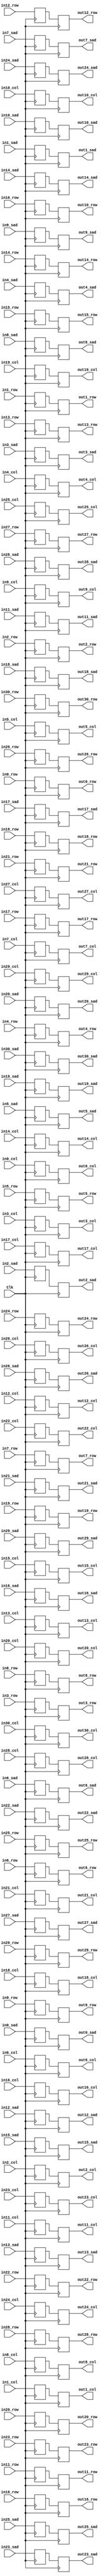
`timescale 1ns / 1ps
//////////////////////////////////////////////////////////////////////////////////
// Generated Verilog Module
module pipeline_reg_31_sads#
    (parameter DATA_WIDTH = 16,
     parameter INPUT_WIDTH = 8)
    (
    input Clk,

    input [INPUT_WIDTH-1:0] in0_row,
    input [INPUT_WIDTH-1:0] in0_col,
    input [DATA_WIDTH-1:0] in0_sad,
    output reg [INPUT_WIDTH-1:0] out0_row,
    output reg [INPUT_WIDTH-1:0] out0_col,
    output reg [DATA_WIDTH-1:0] out0_sad,

    input [INPUT_WIDTH-1:0] in1_row,
    input [INPUT_WIDTH-1:0] in1_col,
    input [DATA_WIDTH-1:0] in1_sad,
    output reg [INPUT_WIDTH-1:0] out1_row,
    output reg [INPUT_WIDTH-1:0] out1_col,
    output reg [DATA_WIDTH-1:0] out1_sad,

    input [INPUT_WIDTH-1:0] in2_row,
    input [INPUT_WIDTH-1:0] in2_col,
    input [DATA_WIDTH-1:0] in2_sad,
    output reg [INPUT_WIDTH-1:0] out2_row,
    output reg [INPUT_WIDTH-1:0] out2_col,
    output reg [DATA_WIDTH-1:0] out2_sad,

    input [INPUT_WIDTH-1:0] in3_row,
    input [INPUT_WIDTH-1:0] in3_col,
    input [DATA_WIDTH-1:0] in3_sad,
    output reg [INPUT_WIDTH-1:0] out3_row,
    output reg [INPUT_WIDTH-1:0] out3_col,
    output reg [DATA_WIDTH-1:0] out3_sad,

    input [INPUT_WIDTH-1:0] in4_row,
    input [INPUT_WIDTH-1:0] in4_col,
    input [DATA_WIDTH-1:0] in4_sad,
    output reg [INPUT_WIDTH-1:0] out4_row,
    output reg [INPUT_WIDTH-1:0] out4_col,
    output reg [DATA_WIDTH-1:0] out4_sad,

    input [INPUT_WIDTH-1:0] in5_row,
    input [INPUT_WIDTH-1:0] in5_col,
    input [DATA_WIDTH-1:0] in5_sad,
    output reg [INPUT_WIDTH-1:0] out5_row,
    output reg [INPUT_WIDTH-1:0] out5_col,
    output reg [DATA_WIDTH-1:0] out5_sad,

    input [INPUT_WIDTH-1:0] in6_row,
    input [INPUT_WIDTH-1:0] in6_col,
    input [DATA_WIDTH-1:0] in6_sad,
    output reg [INPUT_WIDTH-1:0] out6_row,
    output reg [INPUT_WIDTH-1:0] out6_col,
    output reg [DATA_WIDTH-1:0] out6_sad,

    input [INPUT_WIDTH-1:0] in7_row,
    input [INPUT_WIDTH-1:0] in7_col,
    input [DATA_WIDTH-1:0] in7_sad,
    output reg [INPUT_WIDTH-1:0] out7_row,
    output reg [INPUT_WIDTH-1:0] out7_col,
    output reg [DATA_WIDTH-1:0] out7_sad,

    input [INPUT_WIDTH-1:0] in8_row,
    input [INPUT_WIDTH-1:0] in8_col,
    input [DATA_WIDTH-1:0] in8_sad,
    output reg [INPUT_WIDTH-1:0] out8_row,
    output reg [INPUT_WIDTH-1:0] out8_col,
    output reg [DATA_WIDTH-1:0] out8_sad,

    input [INPUT_WIDTH-1:0] in9_row,
    input [INPUT_WIDTH-1:0] in9_col,
    input [DATA_WIDTH-1:0] in9_sad,
    output reg [INPUT_WIDTH-1:0] out9_row,
    output reg [INPUT_WIDTH-1:0] out9_col,
    output reg [DATA_WIDTH-1:0] out9_sad,

    input [INPUT_WIDTH-1:0] in10_row,
    input [INPUT_WIDTH-1:0] in10_col,
    input [DATA_WIDTH-1:0] in10_sad,
    output reg [INPUT_WIDTH-1:0] out10_row,
    output reg [INPUT_WIDTH-1:0] out10_col,
    output reg [DATA_WIDTH-1:0] out10_sad,

    input [INPUT_WIDTH-1:0] in11_row,
    input [INPUT_WIDTH-1:0] in11_col,
    input [DATA_WIDTH-1:0] in11_sad,
    output reg [INPUT_WIDTH-1:0] out11_row,
    output reg [INPUT_WIDTH-1:0] out11_col,
    output reg [DATA_WIDTH-1:0] out11_sad,

    input [INPUT_WIDTH-1:0] in12_row,
    input [INPUT_WIDTH-1:0] in12_col,
    input [DATA_WIDTH-1:0] in12_sad,
    output reg [INPUT_WIDTH-1:0] out12_row,
    output reg [INPUT_WIDTH-1:0] out12_col,
    output reg [DATA_WIDTH-1:0] out12_sad,

    input [INPUT_WIDTH-1:0] in13_row,
    input [INPUT_WIDTH-1:0] in13_col,
    input [DATA_WIDTH-1:0] in13_sad,
    output reg [INPUT_WIDTH-1:0] out13_row,
    output reg [INPUT_WIDTH-1:0] out13_col,
    output reg [DATA_WIDTH-1:0] out13_sad,

    input [INPUT_WIDTH-1:0] in14_row,
    input [INPUT_WIDTH-1:0] in14_col,
    input [DATA_WIDTH-1:0] in14_sad,
    output reg [INPUT_WIDTH-1:0] out14_row,
    output reg [INPUT_WIDTH-1:0] out14_col,
    output reg [DATA_WIDTH-1:0] out14_sad,

    input [INPUT_WIDTH-1:0] in15_row,
    input [INPUT_WIDTH-1:0] in15_col,
    input [DATA_WIDTH-1:0] in15_sad,
    output reg [INPUT_WIDTH-1:0] out15_row,
    output reg [INPUT_WIDTH-1:0] out15_col,
    output reg [DATA_WIDTH-1:0] out15_sad,

    input [INPUT_WIDTH-1:0] in16_row,
    input [INPUT_WIDTH-1:0] in16_col,
    input [DATA_WIDTH-1:0] in16_sad,
    output reg [INPUT_WIDTH-1:0] out16_row,
    output reg [INPUT_WIDTH-1:0] out16_col,
    output reg [DATA_WIDTH-1:0] out16_sad,

    input [INPUT_WIDTH-1:0] in17_row,
    input [INPUT_WIDTH-1:0] in17_col,
    input [DATA_WIDTH-1:0] in17_sad,
    output reg [INPUT_WIDTH-1:0] out17_row,
    output reg [INPUT_WIDTH-1:0] out17_col,
    output reg [DATA_WIDTH-1:0] out17_sad,

    input [INPUT_WIDTH-1:0] in18_row,
    input [INPUT_WIDTH-1:0] in18_col,
    input [DATA_WIDTH-1:0] in18_sad,
    output reg [INPUT_WIDTH-1:0] out18_row,
    output reg [INPUT_WIDTH-1:0] out18_col,
    output reg [DATA_WIDTH-1:0] out18_sad,

    input [INPUT_WIDTH-1:0] in19_row,
    input [INPUT_WIDTH-1:0] in19_col,
    input [DATA_WIDTH-1:0] in19_sad,
    output reg [INPUT_WIDTH-1:0] out19_row,
    output reg [INPUT_WIDTH-1:0] out19_col,
    output reg [DATA_WIDTH-1:0] out19_sad,

    input [INPUT_WIDTH-1:0] in20_row,
    input [INPUT_WIDTH-1:0] in20_col,
    input [DATA_WIDTH-1:0] in20_sad,
    output reg [INPUT_WIDTH-1:0] out20_row,
    output reg [INPUT_WIDTH-1:0] out20_col,
    output reg [DATA_WIDTH-1:0] out20_sad,

    input [INPUT_WIDTH-1:0] in21_row,
    input [INPUT_WIDTH-1:0] in21_col,
    input [DATA_WIDTH-1:0] in21_sad,
    output reg [INPUT_WIDTH-1:0] out21_row,
    output reg [INPUT_WIDTH-1:0] out21_col,
    output reg [DATA_WIDTH-1:0] out21_sad,

    input [INPUT_WIDTH-1:0] in22_row,
    input [INPUT_WIDTH-1:0] in22_col,
    input [DATA_WIDTH-1:0] in22_sad,
    output reg [INPUT_WIDTH-1:0] out22_row,
    output reg [INPUT_WIDTH-1:0] out22_col,
    output reg [DATA_WIDTH-1:0] out22_sad,

    input [INPUT_WIDTH-1:0] in23_row,
    input [INPUT_WIDTH-1:0] in23_col,
    input [DATA_WIDTH-1:0] in23_sad,
    output reg [INPUT_WIDTH-1:0] out23_row,
    output reg [INPUT_WIDTH-1:0] out23_col,
    output reg [DATA_WIDTH-1:0] out23_sad,

    input [INPUT_WIDTH-1:0] in24_row,
    input [INPUT_WIDTH-1:0] in24_col,
    input [DATA_WIDTH-1:0] in24_sad,
    output reg [INPUT_WIDTH-1:0] out24_row,
    output reg [INPUT_WIDTH-1:0] out24_col,
    output reg [DATA_WIDTH-1:0] out24_sad,

    input [INPUT_WIDTH-1:0] in25_row,
    input [INPUT_WIDTH-1:0] in25_col,
    input [DATA_WIDTH-1:0] in25_sad,
    output reg [INPUT_WIDTH-1:0] out25_row,
    output reg [INPUT_WIDTH-1:0] out25_col,
    output reg [DATA_WIDTH-1:0] out25_sad,

    input [INPUT_WIDTH-1:0] in26_row,
    input [INPUT_WIDTH-1:0] in26_col,
    input [DATA_WIDTH-1:0] in26_sad,
    output reg [INPUT_WIDTH-1:0] out26_row,
    output reg [INPUT_WIDTH-1:0] out26_col,
    output reg [DATA_WIDTH-1:0] out26_sad,

    input [INPUT_WIDTH-1:0] in27_row,
    input [INPUT_WIDTH-1:0] in27_col,
    input [DATA_WIDTH-1:0] in27_sad,
    output reg [INPUT_WIDTH-1:0] out27_row,
    output reg [INPUT_WIDTH-1:0] out27_col,
    output reg [DATA_WIDTH-1:0] out27_sad,

    input [INPUT_WIDTH-1:0] in28_row,
    input [INPUT_WIDTH-1:0] in28_col,
    input [DATA_WIDTH-1:0] in28_sad,
    output reg [INPUT_WIDTH-1:0] out28_row,
    output reg [INPUT_WIDTH-1:0] out28_col,
    output reg [DATA_WIDTH-1:0] out28_sad,

    input [INPUT_WIDTH-1:0] in29_row,
    input [INPUT_WIDTH-1:0] in29_col,
    input [DATA_WIDTH-1:0] in29_sad,
    output reg [INPUT_WIDTH-1:0] out29_row,
    output reg [INPUT_WIDTH-1:0] out29_col,
    output reg [DATA_WIDTH-1:0] out29_sad,

    input [INPUT_WIDTH-1:0] in30_row,
    input [INPUT_WIDTH-1:0] in30_col,
    input [DATA_WIDTH-1:0] in30_sad,
    output reg [INPUT_WIDTH-1:0] out30_row,
    output reg [INPUT_WIDTH-1:0] out30_col,
    output reg [DATA_WIDTH-1:0] out30_sad

    );

    reg [INPUT_WIDTH-1:0] in_row_reg0;
    reg [INPUT_WIDTH-1:0] in_col_reg0;
    reg [DATA_WIDTH-1:0] in_sad_reg0;

    reg [INPUT_WIDTH-1:0] in_row_reg1;
    reg [INPUT_WIDTH-1:0] in_col_reg1;
    reg [DATA_WIDTH-1:0] in_sad_reg1;

    reg [INPUT_WIDTH-1:0] in_row_reg2;
    reg [INPUT_WIDTH-1:0] in_col_reg2;
    reg [DATA_WIDTH-1:0] in_sad_reg2;

    reg [INPUT_WIDTH-1:0] in_row_reg3;
    reg [INPUT_WIDTH-1:0] in_col_reg3;
    reg [DATA_WIDTH-1:0] in_sad_reg3;

    reg [INPUT_WIDTH-1:0] in_row_reg4;
    reg [INPUT_WIDTH-1:0] in_col_reg4;
    reg [DATA_WIDTH-1:0] in_sad_reg4;

    reg [INPUT_WIDTH-1:0] in_row_reg5;
    reg [INPUT_WIDTH-1:0] in_col_reg5;
    reg [DATA_WIDTH-1:0] in_sad_reg5;

    reg [INPUT_WIDTH-1:0] in_row_reg6;
    reg [INPUT_WIDTH-1:0] in_col_reg6;
    reg [DATA_WIDTH-1:0] in_sad_reg6;

    reg [INPUT_WIDTH-1:0] in_row_reg7;
    reg [INPUT_WIDTH-1:0] in_col_reg7;
    reg [DATA_WIDTH-1:0] in_sad_reg7;

    reg [INPUT_WIDTH-1:0] in_row_reg8;
    reg [INPUT_WIDTH-1:0] in_col_reg8;
    reg [DATA_WIDTH-1:0] in_sad_reg8;

    reg [INPUT_WIDTH-1:0] in_row_reg9;
    reg [INPUT_WIDTH-1:0] in_col_reg9;
    reg [DATA_WIDTH-1:0] in_sad_reg9;

    reg [INPUT_WIDTH-1:0] in_row_reg10;
    reg [INPUT_WIDTH-1:0] in_col_reg10;
    reg [DATA_WIDTH-1:0] in_sad_reg10;

    reg [INPUT_WIDTH-1:0] in_row_reg11;
    reg [INPUT_WIDTH-1:0] in_col_reg11;
    reg [DATA_WIDTH-1:0] in_sad_reg11;

    reg [INPUT_WIDTH-1:0] in_row_reg12;
    reg [INPUT_WIDTH-1:0] in_col_reg12;
    reg [DATA_WIDTH-1:0] in_sad_reg12;

    reg [INPUT_WIDTH-1:0] in_row_reg13;
    reg [INPUT_WIDTH-1:0] in_col_reg13;
    reg [DATA_WIDTH-1:0] in_sad_reg13;

    reg [INPUT_WIDTH-1:0] in_row_reg14;
    reg [INPUT_WIDTH-1:0] in_col_reg14;
    reg [DATA_WIDTH-1:0] in_sad_reg14;

    reg [INPUT_WIDTH-1:0] in_row_reg15;
    reg [INPUT_WIDTH-1:0] in_col_reg15;
    reg [DATA_WIDTH-1:0] in_sad_reg15;

    reg [INPUT_WIDTH-1:0] in_row_reg16;
    reg [INPUT_WIDTH-1:0] in_col_reg16;
    reg [DATA_WIDTH-1:0] in_sad_reg16;

    reg [INPUT_WIDTH-1:0] in_row_reg17;
    reg [INPUT_WIDTH-1:0] in_col_reg17;
    reg [DATA_WIDTH-1:0] in_sad_reg17;

    reg [INPUT_WIDTH-1:0] in_row_reg18;
    reg [INPUT_WIDTH-1:0] in_col_reg18;
    reg [DATA_WIDTH-1:0] in_sad_reg18;

    reg [INPUT_WIDTH-1:0] in_row_reg19;
    reg [INPUT_WIDTH-1:0] in_col_reg19;
    reg [DATA_WIDTH-1:0] in_sad_reg19;

    reg [INPUT_WIDTH-1:0] in_row_reg20;
    reg [INPUT_WIDTH-1:0] in_col_reg20;
    reg [DATA_WIDTH-1:0] in_sad_reg20;

    reg [INPUT_WIDTH-1:0] in_row_reg21;
    reg [INPUT_WIDTH-1:0] in_col_reg21;
    reg [DATA_WIDTH-1:0] in_sad_reg21;

    reg [INPUT_WIDTH-1:0] in_row_reg22;
    reg [INPUT_WIDTH-1:0] in_col_reg22;
    reg [DATA_WIDTH-1:0] in_sad_reg22;

    reg [INPUT_WIDTH-1:0] in_row_reg23;
    reg [INPUT_WIDTH-1:0] in_col_reg23;
    reg [DATA_WIDTH-1:0] in_sad_reg23;

    reg [INPUT_WIDTH-1:0] in_row_reg24;
    reg [INPUT_WIDTH-1:0] in_col_reg24;
    reg [DATA_WIDTH-1:0] in_sad_reg24;

    reg [INPUT_WIDTH-1:0] in_row_reg25;
    reg [INPUT_WIDTH-1:0] in_col_reg25;
    reg [DATA_WIDTH-1:0] in_sad_reg25;

    reg [INPUT_WIDTH-1:0] in_row_reg26;
    reg [INPUT_WIDTH-1:0] in_col_reg26;
    reg [DATA_WIDTH-1:0] in_sad_reg26;

    reg [INPUT_WIDTH-1:0] in_row_reg27;
    reg [INPUT_WIDTH-1:0] in_col_reg27;
    reg [DATA_WIDTH-1:0] in_sad_reg27;

    reg [INPUT_WIDTH-1:0] in_row_reg28;
    reg [INPUT_WIDTH-1:0] in_col_reg28;
    reg [DATA_WIDTH-1:0] in_sad_reg28;

    reg [INPUT_WIDTH-1:0] in_row_reg29;
    reg [INPUT_WIDTH-1:0] in_col_reg29;
    reg [DATA_WIDTH-1:0] in_sad_reg29;

    reg [INPUT_WIDTH-1:0] in_row_reg30;
    reg [INPUT_WIDTH-1:0] in_col_reg30;
    reg [DATA_WIDTH-1:0] in_sad_reg30;


    // Capture inputs on positive edge of clock
    always @(posedge Clk) begin
        in_row_reg0 <= in0_row;
        in_col_reg0 <= in0_col;
        in_sad_reg0 <= in0_sad;

        in_row_reg1 <= in1_row;
        in_col_reg1 <= in1_col;
        in_sad_reg1 <= in1_sad;

        in_row_reg2 <= in2_row;
        in_col_reg2 <= in2_col;
        in_sad_reg2 <= in2_sad;

        in_row_reg3 <= in3_row;
        in_col_reg3 <= in3_col;
        in_sad_reg3 <= in3_sad;

        in_row_reg4 <= in4_row;
        in_col_reg4 <= in4_col;
        in_sad_reg4 <= in4_sad;

        in_row_reg5 <= in5_row;
        in_col_reg5 <= in5_col;
        in_sad_reg5 <= in5_sad;

        in_row_reg6 <= in6_row;
        in_col_reg6 <= in6_col;
        in_sad_reg6 <= in6_sad;

        in_row_reg7 <= in7_row;
        in_col_reg7 <= in7_col;
        in_sad_reg7 <= in7_sad;

        in_row_reg8 <= in8_row;
        in_col_reg8 <= in8_col;
        in_sad_reg8 <= in8_sad;

        in_row_reg9 <= in9_row;
        in_col_reg9 <= in9_col;
        in_sad_reg9 <= in9_sad;

        in_row_reg10 <= in10_row;
        in_col_reg10 <= in10_col;
        in_sad_reg10 <= in10_sad;

        in_row_reg11 <= in11_row;
        in_col_reg11 <= in11_col;
        in_sad_reg11 <= in11_sad;

        in_row_reg12 <= in12_row;
        in_col_reg12 <= in12_col;
        in_sad_reg12 <= in12_sad;

        in_row_reg13 <= in13_row;
        in_col_reg13 <= in13_col;
        in_sad_reg13 <= in13_sad;

        in_row_reg14 <= in14_row;
        in_col_reg14 <= in14_col;
        in_sad_reg14 <= in14_sad;

        in_row_reg15 <= in15_row;
        in_col_reg15 <= in15_col;
        in_sad_reg15 <= in15_sad;

        in_row_reg16 <= in16_row;
        in_col_reg16 <= in16_col;
        in_sad_reg16 <= in16_sad;

        in_row_reg17 <= in17_row;
        in_col_reg17 <= in17_col;
        in_sad_reg17 <= in17_sad;

        in_row_reg18 <= in18_row;
        in_col_reg18 <= in18_col;
        in_sad_reg18 <= in18_sad;

        in_row_reg19 <= in19_row;
        in_col_reg19 <= in19_col;
        in_sad_reg19 <= in19_sad;

        in_row_reg20 <= in20_row;
        in_col_reg20 <= in20_col;
        in_sad_reg20 <= in20_sad;

        in_row_reg21 <= in21_row;
        in_col_reg21 <= in21_col;
        in_sad_reg21 <= in21_sad;

        in_row_reg22 <= in22_row;
        in_col_reg22 <= in22_col;
        in_sad_reg22 <= in22_sad;

        in_row_reg23 <= in23_row;
        in_col_reg23 <= in23_col;
        in_sad_reg23 <= in23_sad;

        in_row_reg24 <= in24_row;
        in_col_reg24 <= in24_col;
        in_sad_reg24 <= in24_sad;

        in_row_reg25 <= in25_row;
        in_col_reg25 <= in25_col;
        in_sad_reg25 <= in25_sad;

        in_row_reg26 <= in26_row;
        in_col_reg26 <= in26_col;
        in_sad_reg26 <= in26_sad;

        in_row_reg27 <= in27_row;
        in_col_reg27 <= in27_col;
        in_sad_reg27 <= in27_sad;

        in_row_reg28 <= in28_row;
        in_col_reg28 <= in28_col;
        in_sad_reg28 <= in28_sad;

        in_row_reg29 <= in29_row;
        in_col_reg29 <= in29_col;
        in_sad_reg29 <= in29_sad;

        in_row_reg30 <= in30_row;
        in_col_reg30 <= in30_col;
        in_sad_reg30 <= in30_sad;

    end

    // Transfer to outputs on negative edge of clock
    always @(negedge Clk) begin
        out0_row <= in_row_reg0;
        out0_col <= in_col_reg0;
        out0_sad <= in_sad_reg0;

        out1_row <= in_row_reg1;
        out1_col <= in_col_reg1;
        out1_sad <= in_sad_reg1;

        out2_row <= in_row_reg2;
        out2_col <= in_col_reg2;
        out2_sad <= in_sad_reg2;

        out3_row <= in_row_reg3;
        out3_col <= in_col_reg3;
        out3_sad <= in_sad_reg3;

        out4_row <= in_row_reg4;
        out4_col <= in_col_reg4;
        out4_sad <= in_sad_reg4;

        out5_row <= in_row_reg5;
        out5_col <= in_col_reg5;
        out5_sad <= in_sad_reg5;

        out6_row <= in_row_reg6;
        out6_col <= in_col_reg6;
        out6_sad <= in_sad_reg6;

        out7_row <= in_row_reg7;
        out7_col <= in_col_reg7;
        out7_sad <= in_sad_reg7;

        out8_row <= in_row_reg8;
        out8_col <= in_col_reg8;
        out8_sad <= in_sad_reg8;

        out9_row <= in_row_reg9;
        out9_col <= in_col_reg9;
        out9_sad <= in_sad_reg9;

        out10_row <= in_row_reg10;
        out10_col <= in_col_reg10;
        out10_sad <= in_sad_reg10;

        out11_row <= in_row_reg11;
        out11_col <= in_col_reg11;
        out11_sad <= in_sad_reg11;

        out12_row <= in_row_reg12;
        out12_col <= in_col_reg12;
        out12_sad <= in_sad_reg12;

        out13_row <= in_row_reg13;
        out13_col <= in_col_reg13;
        out13_sad <= in_sad_reg13;

        out14_row <= in_row_reg14;
        out14_col <= in_col_reg14;
        out14_sad <= in_sad_reg14;

        out15_row <= in_row_reg15;
        out15_col <= in_col_reg15;
        out15_sad <= in_sad_reg15;

        out16_row <= in_row_reg16;
        out16_col <= in_col_reg16;
        out16_sad <= in_sad_reg16;

        out17_row <= in_row_reg17;
        out17_col <= in_col_reg17;
        out17_sad <= in_sad_reg17;

        out18_row <= in_row_reg18;
        out18_col <= in_col_reg18;
        out18_sad <= in_sad_reg18;

        out19_row <= in_row_reg19;
        out19_col <= in_col_reg19;
        out19_sad <= in_sad_reg19;

        out20_row <= in_row_reg20;
        out20_col <= in_col_reg20;
        out20_sad <= in_sad_reg20;

        out21_row <= in_row_reg21;
        out21_col <= in_col_reg21;
        out21_sad <= in_sad_reg21;

        out22_row <= in_row_reg22;
        out22_col <= in_col_reg22;
        out22_sad <= in_sad_reg22;

        out23_row <= in_row_reg23;
        out23_col <= in_col_reg23;
        out23_sad <= in_sad_reg23;

        out24_row <= in_row_reg24;
        out24_col <= in_col_reg24;
        out24_sad <= in_sad_reg24;

        out25_row <= in_row_reg25;
        out25_col <= in_col_reg25;
        out25_sad <= in_sad_reg25;

        out26_row <= in_row_reg26;
        out26_col <= in_col_reg26;
        out26_sad <= in_sad_reg26;

        out27_row <= in_row_reg27;
        out27_col <= in_col_reg27;
        out27_sad <= in_sad_reg27;

        out28_row <= in_row_reg28;
        out28_col <= in_col_reg28;
        out28_sad <= in_sad_reg28;

        out29_row <= in_row_reg29;
        out29_col <= in_col_reg29;
        out29_sad <= in_sad_reg29;

        out30_row <= in_row_reg30;
        out30_col <= in_col_reg30;
        out30_sad <= in_sad_reg30;

    end

endmodule

module pipeline_reg_8_sads#
    (parameter DATA_WIDTH = 16,
     parameter INPUT_WIDTH = 8)
    (
    input Clk,

    input [INPUT_WIDTH-1:0] in0_row,
    input [INPUT_WIDTH-1:0] in0_col,
    input [DATA_WIDTH-1:0] in0_sad,
    output reg [INPUT_WIDTH-1:0] out0_row,
    output reg [INPUT_WIDTH-1:0] out0_col,
    output reg [DATA_WIDTH-1:0] out0_sad,

    input [INPUT_WIDTH-1:0] in1_row,
    input [INPUT_WIDTH-1:0] in1_col,
    input [DATA_WIDTH-1:0] in1_sad,
    output reg [INPUT_WIDTH-1:0] out1_row,
    output reg [INPUT_WIDTH-1:0] out1_col,
    output reg [DATA_WIDTH-1:0] out1_sad,

    input [INPUT_WIDTH-1:0] in2_row,
    input [INPUT_WIDTH-1:0] in2_col,
    input [DATA_WIDTH-1:0] in2_sad,
    output reg [INPUT_WIDTH-1:0] out2_row,
    output reg [INPUT_WIDTH-1:0] out2_col,
    output reg [DATA_WIDTH-1:0] out2_sad,

    input [INPUT_WIDTH-1:0] in3_row,
    input [INPUT_WIDTH-1:0] in3_col,
    input [DATA_WIDTH-1:0] in3_sad,
    output reg [INPUT_WIDTH-1:0] out3_row,
    output reg [INPUT_WIDTH-1:0] out3_col,
    output reg [DATA_WIDTH-1:0] out3_sad,

    input [INPUT_WIDTH-1:0] in4_row,
    input [INPUT_WIDTH-1:0] in4_col,
    input [DATA_WIDTH-1:0] in4_sad,
    output reg [INPUT_WIDTH-1:0] out4_row,
    output reg [INPUT_WIDTH-1:0] out4_col,
    output reg [DATA_WIDTH-1:0] out4_sad,

    input [INPUT_WIDTH-1:0] in5_row,
    input [INPUT_WIDTH-1:0] in5_col,
    input [DATA_WIDTH-1:0] in5_sad,
    output reg [INPUT_WIDTH-1:0] out5_row,
    output reg [INPUT_WIDTH-1:0] out5_col,
    output reg [DATA_WIDTH-1:0] out5_sad,

    input [INPUT_WIDTH-1:0] in6_row,
    input [INPUT_WIDTH-1:0] in6_col,
    input [DATA_WIDTH-1:0] in6_sad,
    output reg [INPUT_WIDTH-1:0] out6_row,
    output reg [INPUT_WIDTH-1:0] out6_col,
    output reg [DATA_WIDTH-1:0] out6_sad,

    input [INPUT_WIDTH-1:0] in7_row,
    input [INPUT_WIDTH-1:0] in7_col,
    input [DATA_WIDTH-1:0] in7_sad,
    output reg [INPUT_WIDTH-1:0] out7_row,
    output reg [INPUT_WIDTH-1:0] out7_col,
    output reg [DATA_WIDTH-1:0] out7_sad

    );

    reg [INPUT_WIDTH-1:0] in_row_reg0;
    reg [INPUT_WIDTH-1:0] in_col_reg0;
    reg [DATA_WIDTH-1:0] in_sad_reg0;

    reg [INPUT_WIDTH-1:0] in_row_reg1;
    reg [INPUT_WIDTH-1:0] in_col_reg1;
    reg [DATA_WIDTH-1:0] in_sad_reg1;

    reg [INPUT_WIDTH-1:0] in_row_reg2;
    reg [INPUT_WIDTH-1:0] in_col_reg2;
    reg [DATA_WIDTH-1:0] in_sad_reg2;

    reg [INPUT_WIDTH-1:0] in_row_reg3;
    reg [INPUT_WIDTH-1:0] in_col_reg3;
    reg [DATA_WIDTH-1:0] in_sad_reg3;

    reg [INPUT_WIDTH-1:0] in_row_reg4;
    reg [INPUT_WIDTH-1:0] in_col_reg4;
    reg [DATA_WIDTH-1:0] in_sad_reg4;

    reg [INPUT_WIDTH-1:0] in_row_reg5;
    reg [INPUT_WIDTH-1:0] in_col_reg5;
    reg [DATA_WIDTH-1:0] in_sad_reg5;

    reg [INPUT_WIDTH-1:0] in_row_reg6;
    reg [INPUT_WIDTH-1:0] in_col_reg6;
    reg [DATA_WIDTH-1:0] in_sad_reg6;

    reg [INPUT_WIDTH-1:0] in_row_reg7;
    reg [INPUT_WIDTH-1:0] in_col_reg7;
    reg [DATA_WIDTH-1:0] in_sad_reg7;


    // Capture inputs on positive edge of clock
    always @(posedge Clk) begin
        in_row_reg0 <= in0_row;
        in_col_reg0 <= in0_col;
        in_sad_reg0 <= in0_sad;

        in_row_reg1 <= in1_row;
        in_col_reg1 <= in1_col;
        in_sad_reg1 <= in1_sad;

        in_row_reg2 <= in2_row;
        in_col_reg2 <= in2_col;
        in_sad_reg2 <= in2_sad;

        in_row_reg3 <= in3_row;
        in_col_reg3 <= in3_col;
        in_sad_reg3 <= in3_sad;

        in_row_reg4 <= in4_row;
        in_col_reg4 <= in4_col;
        in_sad_reg4 <= in4_sad;

        in_row_reg5 <= in5_row;
        in_col_reg5 <= in5_col;
        in_sad_reg5 <= in5_sad;

        in_row_reg6 <= in6_row;
        in_col_reg6 <= in6_col;
        in_sad_reg6 <= in6_sad;

        in_row_reg7 <= in7_row;
        in_col_reg7 <= in7_col;
        in_sad_reg7 <= in7_sad;

    end

    // Transfer to outputs on negative edge of clock
    always @(negedge Clk) begin
        out0_row <= in_row_reg0;
        out0_col <= in_col_reg0;
        out0_sad <= in_sad_reg0;

        out1_row <= in_row_reg1;
        out1_col <= in_col_reg1;
        out1_sad <= in_sad_reg1;

        out2_row <= in_row_reg2;
        out2_col <= in_col_reg2;
        out2_sad <= in_sad_reg2;

        out3_row <= in_row_reg3;
        out3_col <= in_col_reg3;
        out3_sad <= in_sad_reg3;

        out4_row <= in_row_reg4;
        out4_col <= in_col_reg4;
        out4_sad <= in_sad_reg4;

        out5_row <= in_row_reg5;
        out5_col <= in_col_reg5;
        out5_sad <= in_sad_reg5;

        out6_row <= in_row_reg6;
        out6_col <= in_col_reg6;
        out6_sad <= in_sad_reg6;

        out7_row <= in_row_reg7;
        out7_col <= in_col_reg7;
        out7_sad <= in_sad_reg7;

    end

endmodule